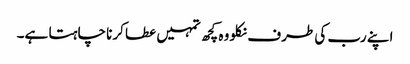
اپنے رب کی طرف نکلو وہ کچھ تمہیں عطا کرنا چاہتا ہے۔